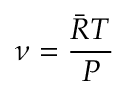
\nu = { \frac { { \bar { R } } T } { P } }